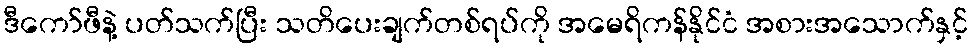
ဒီကော်ဖီနဲ့ ပတ်သက်ပြီး သတိပေးချက်တစ်ရပ်ကို အမေရိကန်နိုင်ငံ အစားအသောက်နှင့်